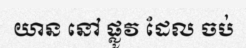
យាន នៅ ផ្លូវ ដែល ចប់